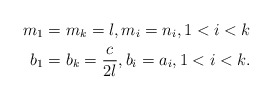
\begin{align*}m_{1} & =m_{k}=l,m_{i}=n_{i},1<i<k\\b_{1} & =b_{k}=\frac{c}{2l},b_{i}=a_{i},1<i<k.\end{align*}